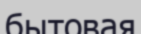
бытовая